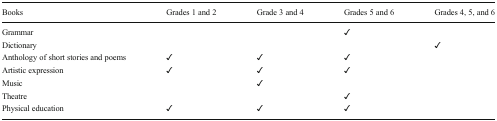
| Books | Grades 1 and 2 | Grade 3 and 4 | Grades 5 and 6 | Grades 4, 5, and 6 |
 | --- | --- | --- | --- | --- |
 | Grammar |  |  | ✓ |  |
 | Dictionary |  |  |  | ✓ |
 | Anthology of short stories and poems | ✓ | ✓ | ✓ |  |
 | Artistic expression | ✓ | ✓ | ✓ |  |
 | Music |  | ✓ |  |  |
 | Theatre |  |  | ✓ |  |
 | Physical education | ✓ | ✓ | ✓ |  |